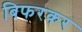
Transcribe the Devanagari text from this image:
बिफरकर